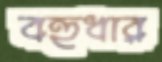
বহুধার